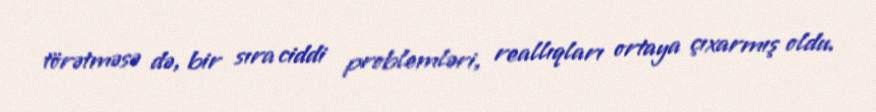
törətməsə də, bir sıra ciddi problemləri, reallıqları ortaya çıxarmış oldu.